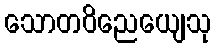
သောတဝိညေယျေသု